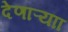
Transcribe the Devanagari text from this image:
देणाऱ्याा